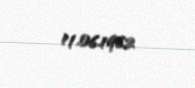
11.06.1962